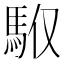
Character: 𩢇